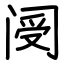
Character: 阌